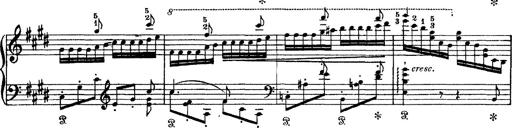
Title: Tarantelle di bravura dâ€™aprÃ¨s la tarantelle de La muette de Portici
Composer: Franz Liszt